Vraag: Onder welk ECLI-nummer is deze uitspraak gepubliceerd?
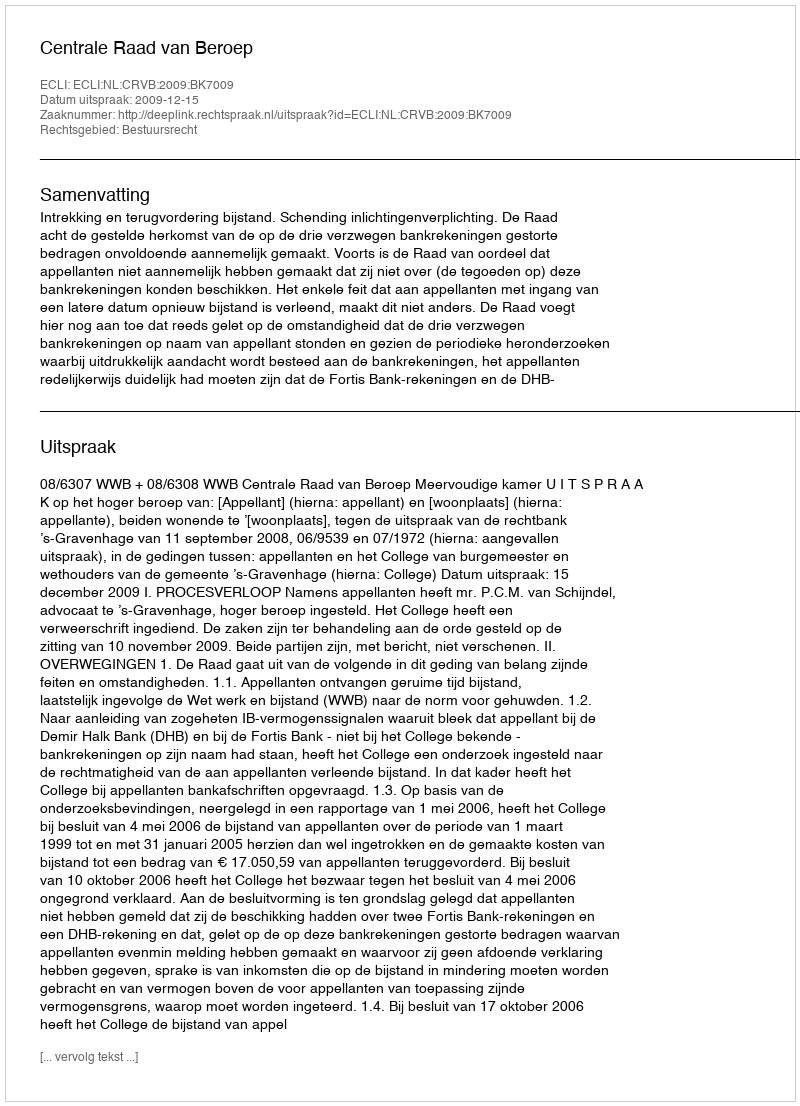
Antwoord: ECLI:NL:CRVB:2009:BK7009